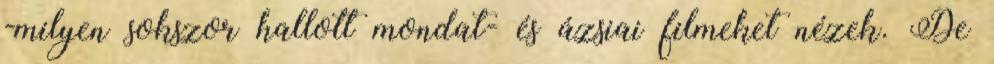
-milyen sokszor hallott mondat- és ázsiai filmeket nézek. De